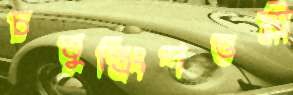
চতুস্ত্রিংশত্তমী